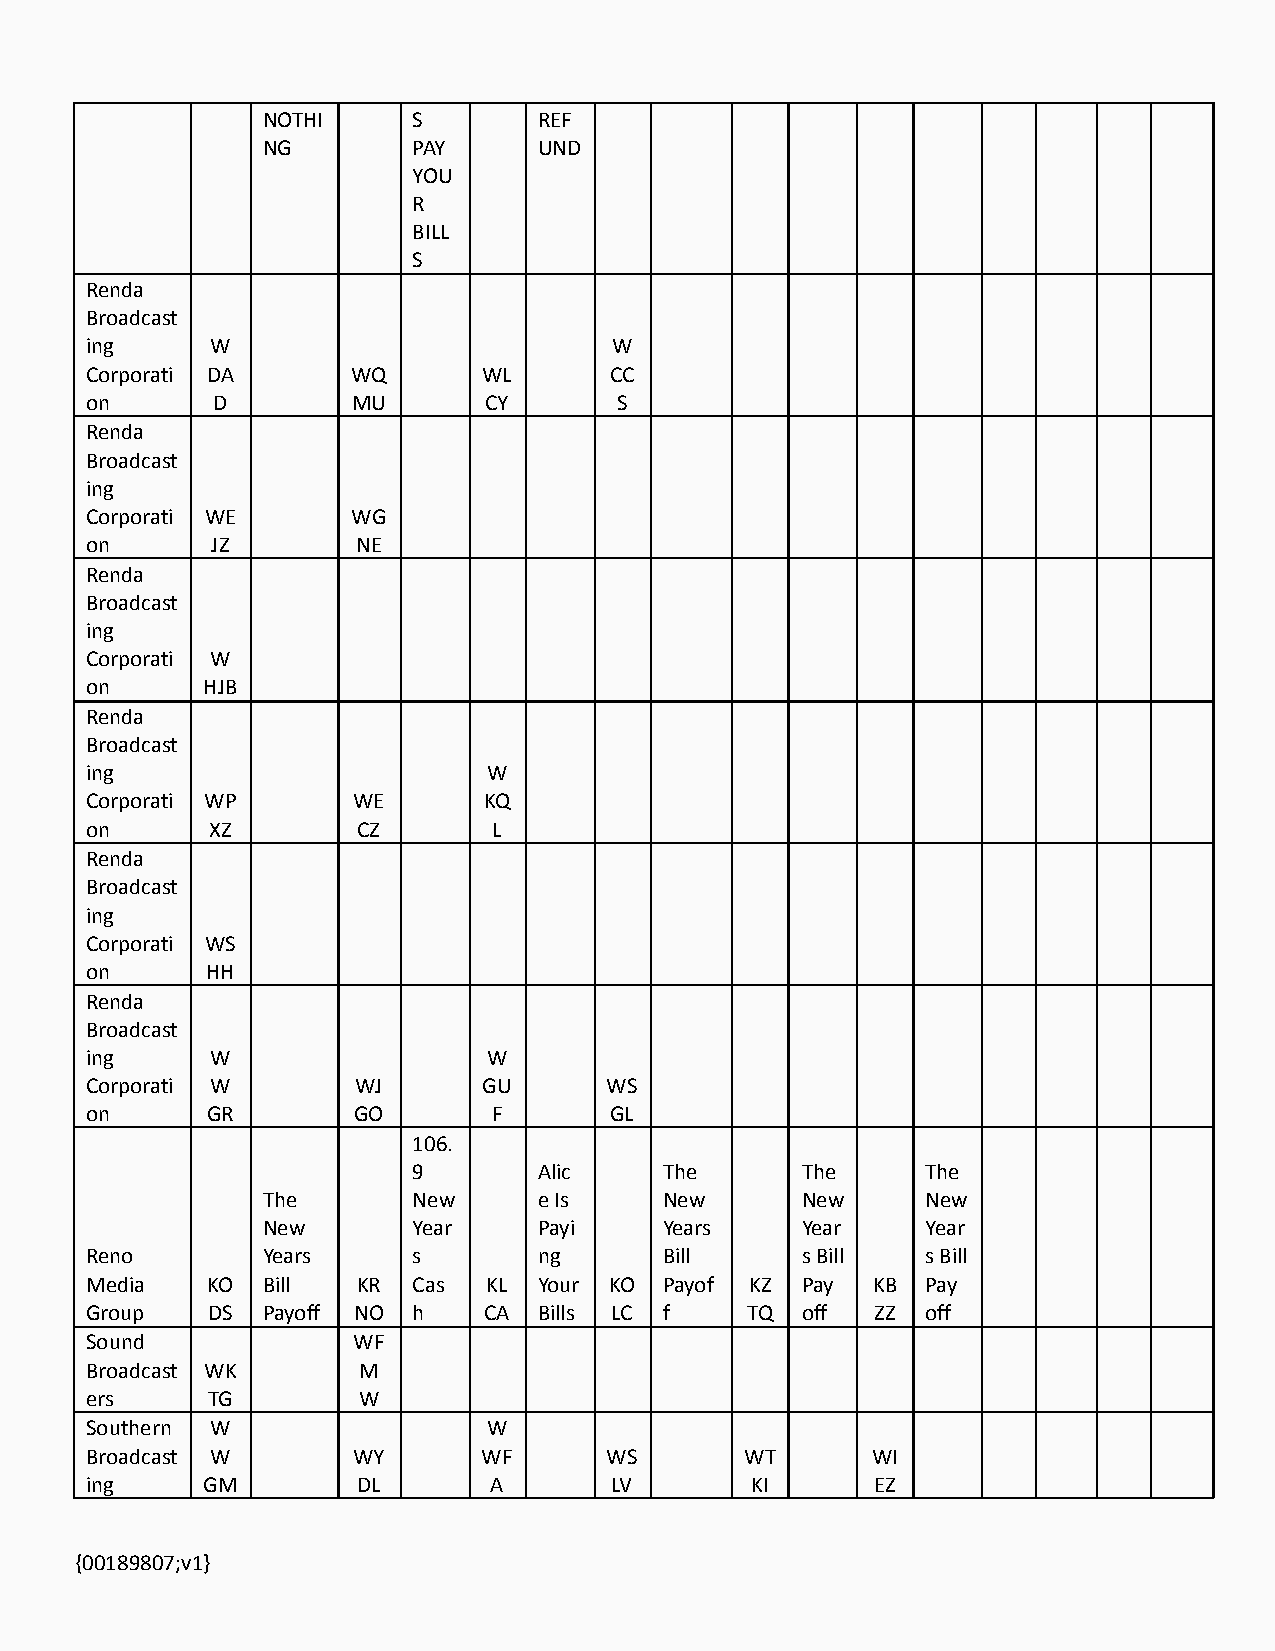
NOTHI     S        REF
 NG        PAY      UND
 YOU
 R
 BILL
 S
 Renda
 Broadcast
 ing     W                         W
 Corporati DA     WQ       WL      CC
 on      D        MU       CY       S
 Renda
 Broadcast
 ing
 Corporati WE     WG
 on      JZ        NE
 Renda
 Broadcast
 ing
 Corporati W
 on     HJB
 Renda
 Broadcast
 ing                       W
 Corporati WP     WE       KQ
 on      XZ        CZ       L
 Renda
 Broadcast
 ing
 Corporati WS
 on      HH
 Renda
 Broadcast
 ing     W                 W
 Corporati W       WJ      GU      WS
 on      GR       GO        F      GL
 106.
 9        Alic    The      The     The
 The       New      e Is    New      New     New
 New       Year     Payi    Years    Year    Year
 Reno       Years     s        ng      Bill     s Bill  s Bill
 Media   KO Bill   KR Cas  KL  Your KO Payof KZ Pay  KB Pay
 Group   DS Payoff NO h    CA  Bills LC f   TQ  off  ZZ off
 Sound            WF
 Broadcast WK      M
 ers     TG        W
 Southern W                W
 Broadcast W      WY       WF      WS       WT       WI
 ing    GM         DL      A       LV        KI      EZ
 {00189807;v1}